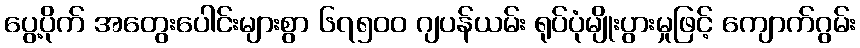
ပွေ့ပိုက် အတွေးပေါင်းများစွာ ၆၇၅၀၀ ဂျပန်ယမ်း ရုပ်ပုံမျိုးပွားမှုဖြင့် ကျောက်ဂွမ်း